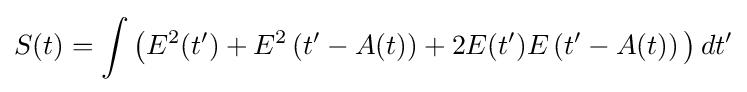
S(t)=\int \left(E^{2}(t')+E^{2}\left(t'-A(t)\right)+2E(t')E\left(t'-A(t)\right)\,\right)dt'